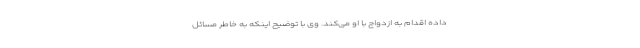
داده اقدام به ازدواج با او می‌کند. وی با توضیح اینکه به خاطر مسائل